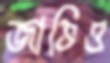
জাভিও